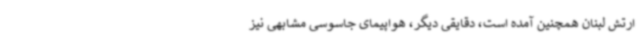
ارتش لبنان همچنین آمده است، دقایقی دیگر، هواپیمای جاسوسی مشابهی نیز